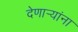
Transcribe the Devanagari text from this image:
देणार्‍यांना